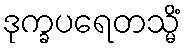
ဒုက္ခပရေတသ္မိံ